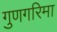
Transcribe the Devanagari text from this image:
गुणगरिमा